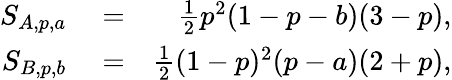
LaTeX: \begin{array}{rlr}{S_{A,p,a}}&{{}=}&{\frac{1}{2}p^{2}(1-p-b)(3-p),}\\ {S_{B,p,b}}&{{}=}&{\frac{1}{2}(1-p)^{2}(p-a)(2+p),}\end{array}